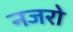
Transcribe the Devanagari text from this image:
नजरो